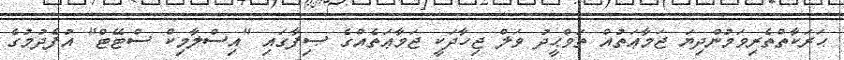
ޙަރަކާތްތެރިވަމުންދިޔަ ޖަމާޢަތުއް ތަވްޙީދު ވަލް ޖިހާދަކީ ޖަމާޢަތެއްގެ ޞިފާގައި "އިސްލާމިކް ސްޓޭޓް" އުފެދުމުގެ